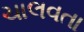
ચાલવતા